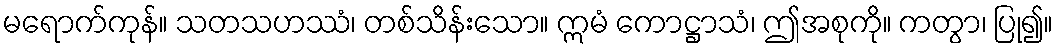
မရောက်ကုန်။ သတသဟဿံ၊ တစ်သိန်းသော။ ဣမံ ကောဋ္ဌာသံ၊ ဤအစုကို။ ကတွာ၊ ပြု၍။